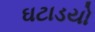
ઘટાડયો